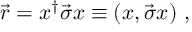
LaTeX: \vec { r } = x ^ { \dagger } \vec { \sigma } x \equiv ( x , \vec { \sigma } x ) ~ ,